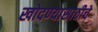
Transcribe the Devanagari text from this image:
खोदण्यासाठीचे